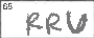
Transcription: RRU